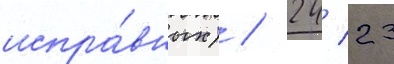
испра́вных) / 24/ 23